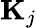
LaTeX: \mathbf{K}_{j}